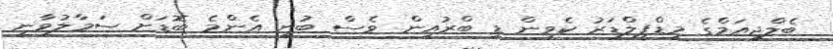
ބެލްޖިއަމްގެ މިޑްފީލްޑަރު ކެވިން ޑި ބްރުއިން ވެސް ބުނީ އެންމެ ބޮޑަށް ސަމާލުވާނީ